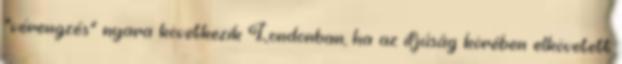
"vérengzés" nyara következik Londonban, ha az ifjúság körében elkövetett